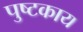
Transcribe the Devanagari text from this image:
पुष्टकाय